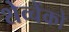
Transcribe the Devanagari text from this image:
शेव्चेंको